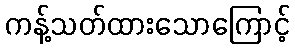
ကန့်သတ်ထားသောကြောင့်